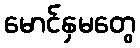
မောင်နှမတွေ